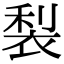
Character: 𮖇